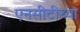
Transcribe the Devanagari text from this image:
एनसीटीच्या